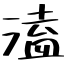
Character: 溘